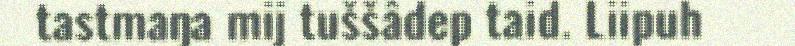
tastmaŋa mij tuššâdep taid. Liipuh